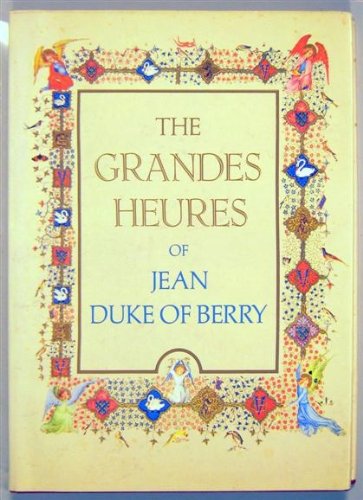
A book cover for The Grandes Heures of Jean, Duke of Berry: Bibliotheque Nationale, Paris; Crafts, Hobbies & Home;